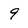
Character: 9